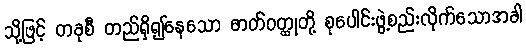
သို့ဖြင့် တခုစီ တည်ရှိ၍နေသော ဓာတ်ဝတ္ထုတို့ စုပေါင်းဖွဲ့စည်းလိုက်သောအခါ